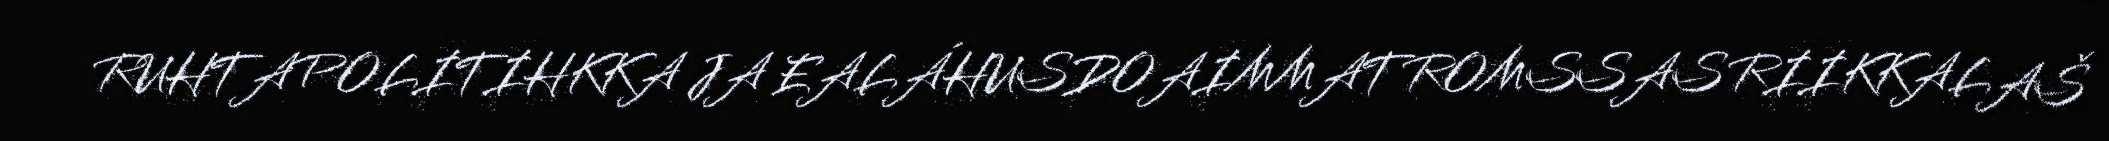
RUHTAPOLITIHKKA JA EALÁHUSDOAIMMAT ROMSSAS RIIKKALAŠ